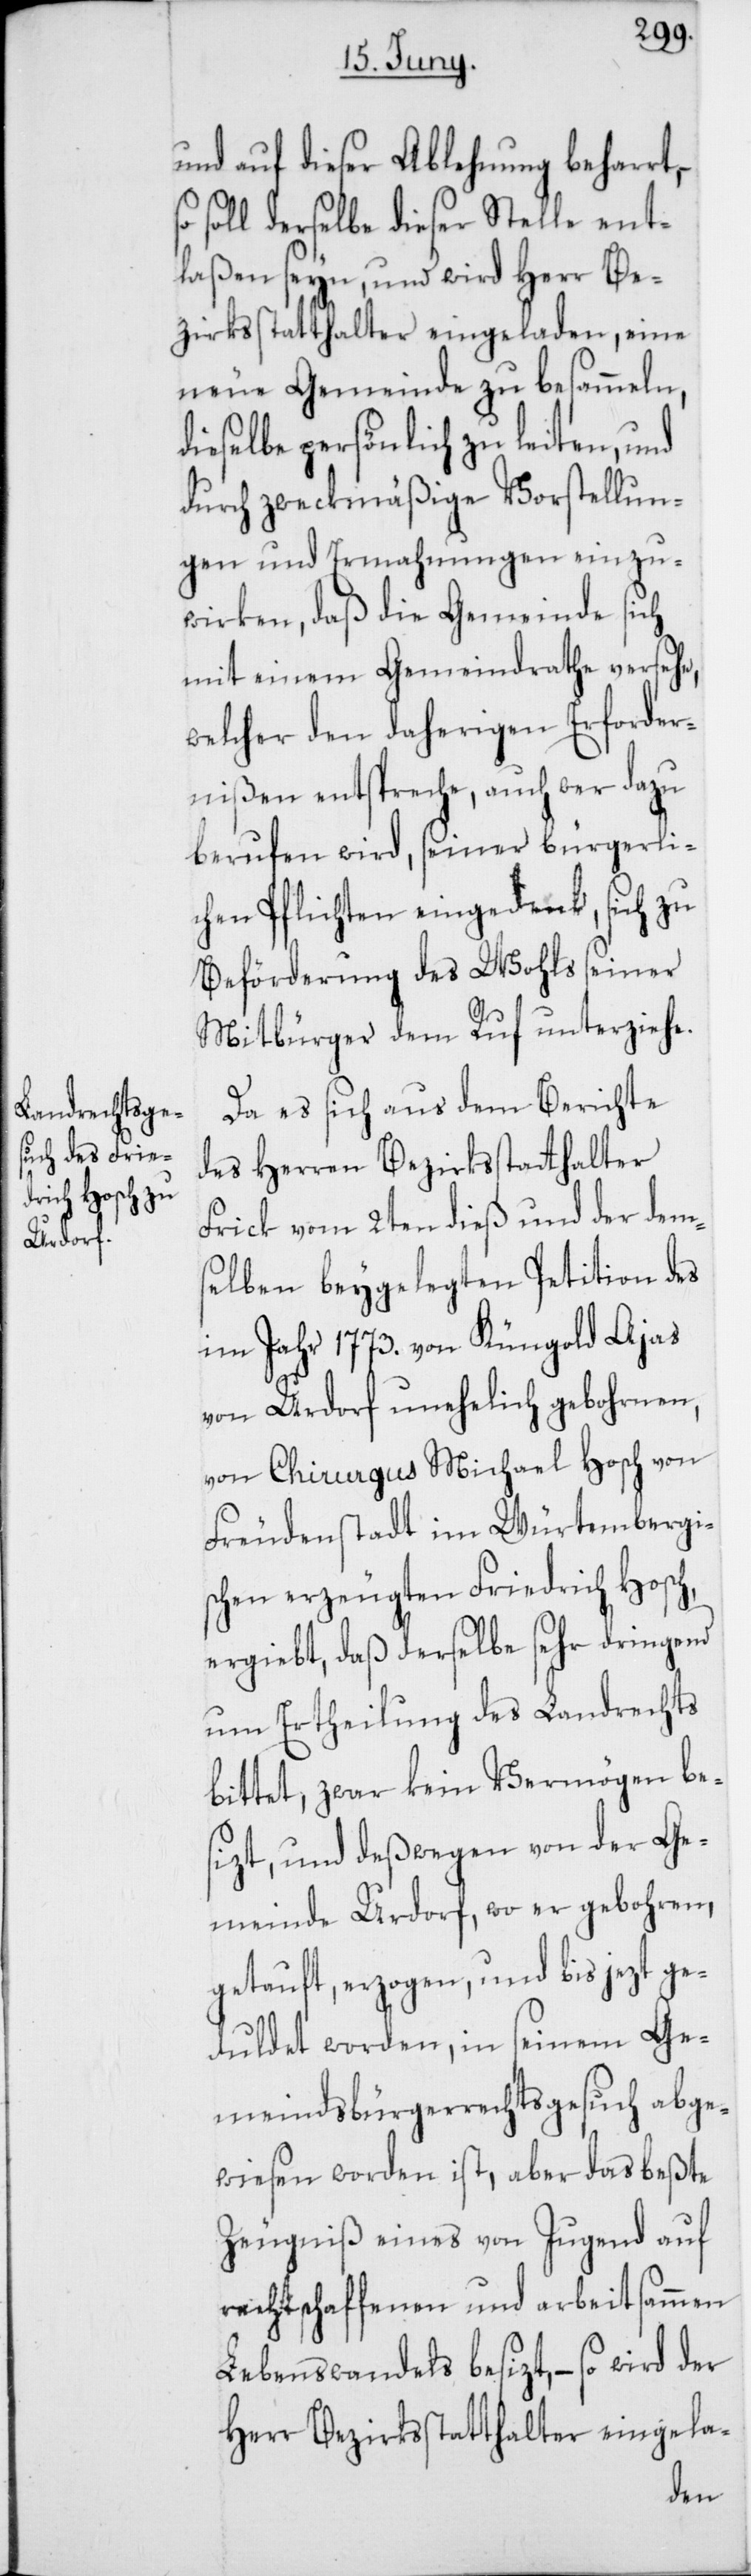
und auf diese Ablehnung beharrt,
soll derselbe dieser Stelle ent¬
laßen seyn, und wird Herr Be¬
zirksstatthalter eingeladen, eine
neue Gemeinde zu besammeln,
dieselbe persönlich zu leiten, und
durch zweckmäßige Vorstellun¬
gen und Ermahnungen einzu¬
wirken, daß die Gemeinde sich
mit einem Gemeindrathe versehe,
welcher den daherigen Erforder¬
nißen entspreche, auch wer dazu
berufen wird, seiner bürgerli¬
chen Pflichten eingedenk, sich zu
Beförderung des Wohls seiner
Mitbürger dem Ruf unterziehe.
Da es sich aus dem Berichte
des Herren Bezirkstatthalter
Frick vom 2ten dieß und der dem¬
selben beygelegten Petition des
im Jahr 1773. von Küngold Ajas
von Urdorf unehelich gebohrnen,
von Chirurgus Michael Hosch von
Freudenstadt im Würtembergi¬
schen erzeugten Friedrich Hosch,
ergiebt, daß derselbe sehr dringend
um Ertheilung des Landrechts
bittet, zwar kein Vermögen be¬
sizt, und deßwegen von der Ge¬
meinde Urdorf, wo er gebohren,
getauft, erzogen, und bis jezt ge¬
duldet worden, in seinem Ge¬
meindsbürgerrechts-Gesuch abge¬
wiesen worden ist, aber das beßte
Zeugniß eines von Jugend auf
rechtschaffenen und arbeitsammen
Lebenswandels besizt, – so wird der
Herr Bezirksstatthalter eingela-